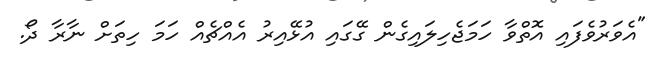
"އެވަރުވެފައި އޮތްވާ ހަމަޖެހިލައިގެން ގޭގައި އުޅޭއިރު އެއްޗެއް ހަމަ ހިތަށް ނާރާ ދޯ.